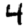
Digit: 4